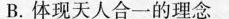
B.体现天人合一的理念